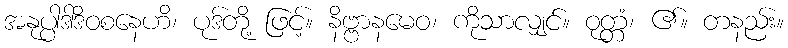
အနုပ္ပါဒါဒိဝစနေဟိ၊ ပုဒ်တို့ ဖြင့်။ နိဗ္ဗာနမေဝ၊ ကိုသာလျှင်။ ဝုတ္တံ၊ ၏။ တနည်း။